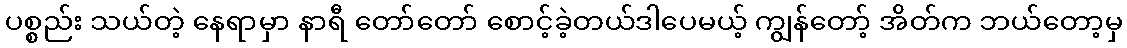
ပစ္စည်း သယ်တဲ့ နေရာမှာ နာရီ တော်တော် စောင့်ခဲ့တယ်ဒါပေမယ့် ကျွန်တော့် အိတ်က ဘယ်တော့မှ